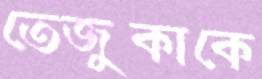
তেজুকাকে